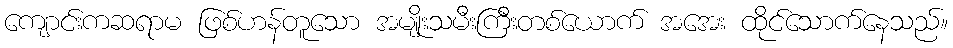
ကျောင်းကဆရာမ ဖြစ်ဟန်တူသော အမျိုးသမီးကြီးတစ်ယောက် အအေး ထိုင်သောက်နေသည်။